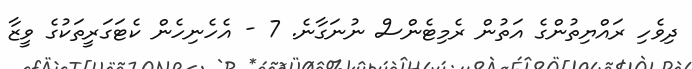
ދިވެހި ރައްޔިތުންގެ އަތުން ރެމިޓެންސް ނުނަގާނެ. 7 - އެހެނިހެން ކެޓަގަރީތަކުގެ ވީޒާ